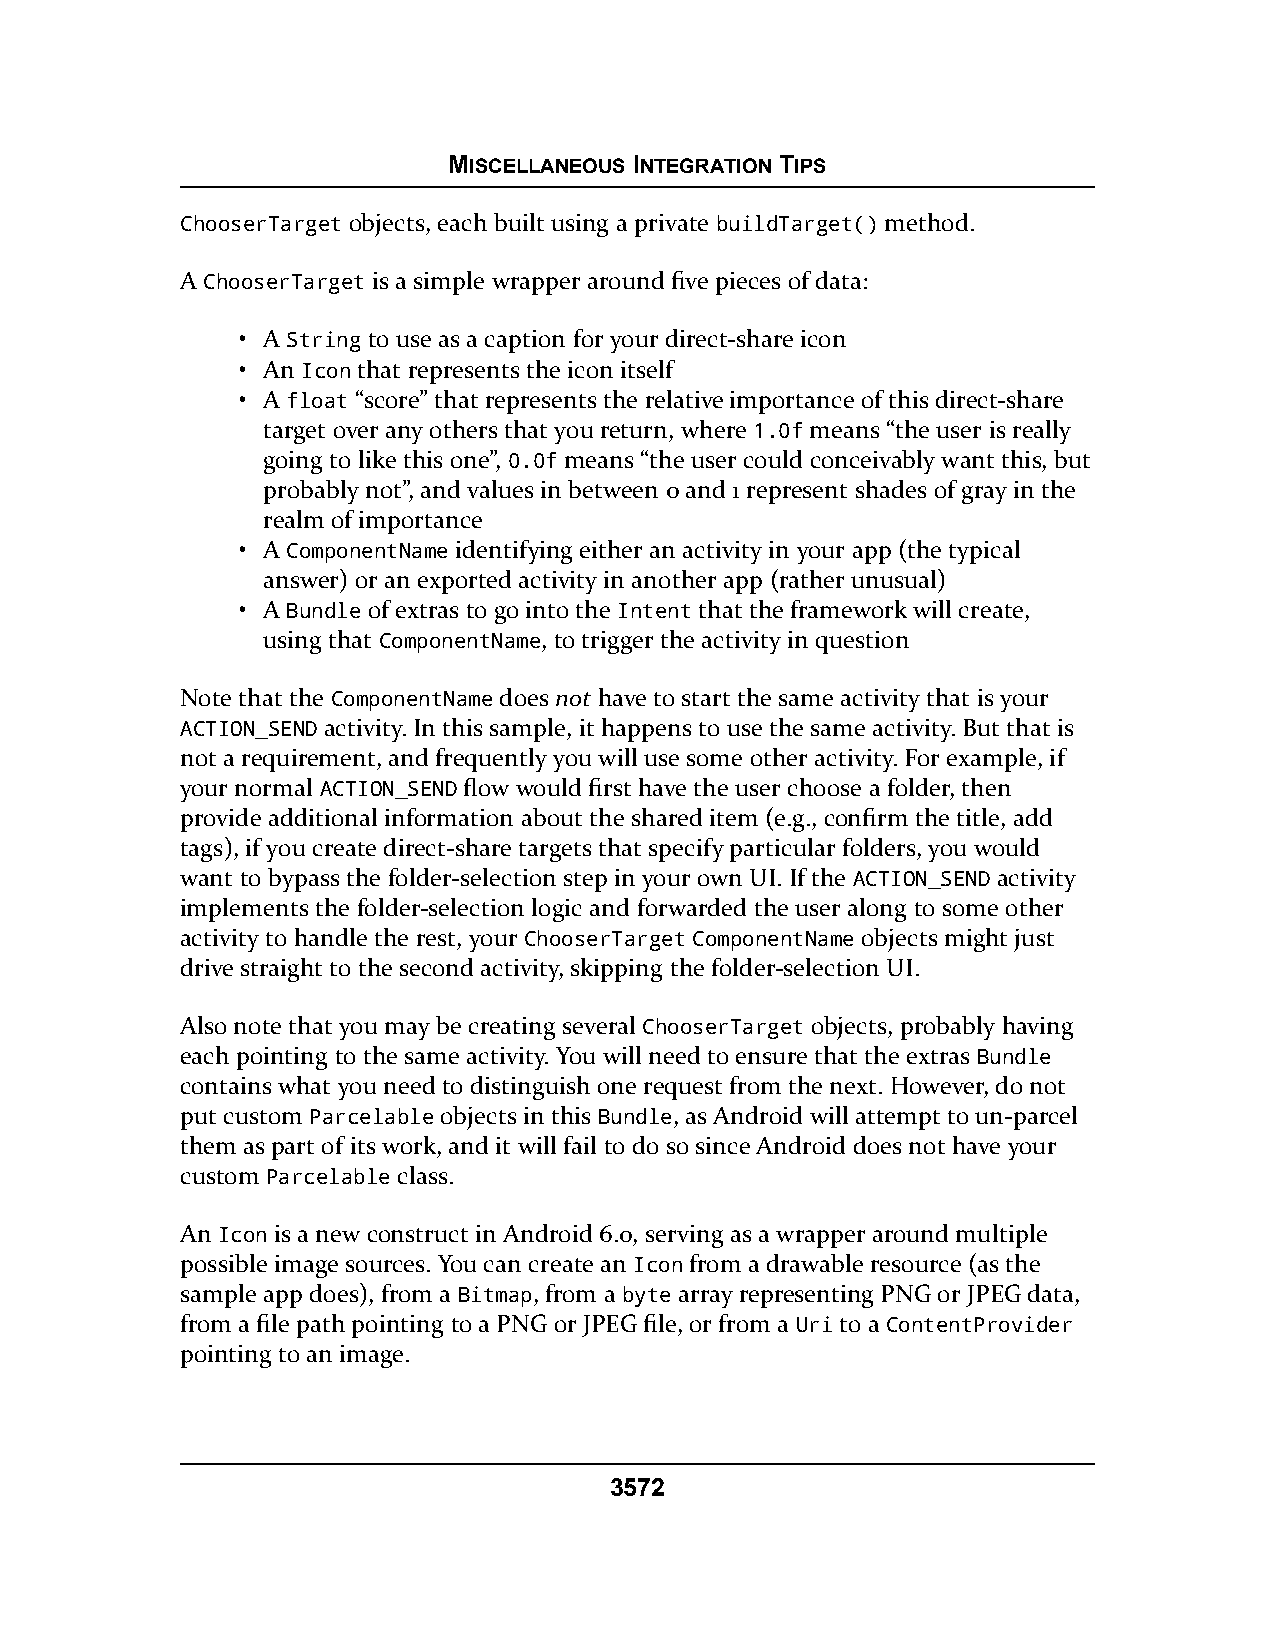
MISCELLANEOUS INTEGRATION TIPS
 ChooserTarget objects, each built using a private buildTarget() method.
 A ChooserTarget is a simple wrapper around five pieces of data:
 • A String to use as a caption for your direct-share icon
 • An Icon that represents the icon itself
 • A float “score” that represents the relative importance of this direct-share
 target over any others that you return, where 1.0f means “the user is really
 going to like this one”, 0.0f means “the user could conceivably want this, but
 probably not”, and values in between 0 and 1 represent shades of gray in the
 realm of importance
 • A ComponentName identifying either an activity in your app (the typical
 answer) or an exported activity in another app (rather unusual)
 • A Bundle of extras to go into the Intent that the framework will create,
 using that ComponentName, to trigger the activity in question
 Note that the ComponentName does not have to start the same activity that is your
 ACTION_SEND activity. In this sample, it happens to use the same activity. But that is
 not a requirement, and frequently you will use some other activity. For example, if
 your normal ACTION_SEND flow would first have the user choose a folder, then
 provide additional information about the shared item (e.g., confirm the title, add
 tags), if you create direct-share targets that specify particular folders, you would
 want to bypass the folder-selection step in your own UI. If the ACTION_SEND activity
 implements the folder-selection logic and forwarded the user along to some other
 activity to handle the rest, your ChooserTarget ComponentName objects might just
 drive straight to the second activity, skipping the folder-selection UI.
 Also note that you may be creating several ChooserTarget objects, probably having
 each pointing to the same activity. You will need to ensure that the extras Bundle
 contains what you need to distinguish one request from the next. However, do not
 put custom Parcelable objects in this Bundle, as Android will attempt to un-parcel
 them as part of its work, and it will fail to do so since Android does not have your
 custom Parcelable class.
 An Icon is a new construct in Android 6.0, serving as a wrapper around multiple
 possible image sources. You can create an Icon from a drawable resource (as the
 sample app does), from a Bitmap, from a byte array representing PNG or JPEG data,
 from a file path pointing to a PNG or JPEG file, or from a Uri to a ContentProvider
 pointing to an image.
 3572